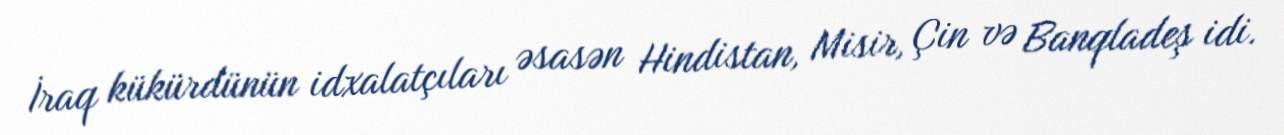
İraq kükürdünün idxalatçıları əsasən Hindistan, Misir, Çin və Banqladeş idi.